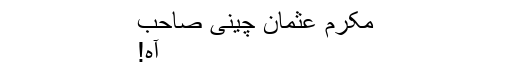
مکرم عثمان چینی صاحب
آہ!